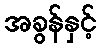
အခွန်နှင့်